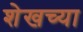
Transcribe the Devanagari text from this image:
शेखच्या